DOW-UAP-D19, Mission Report, Syria, February 21, 2023
Agency: Department of War
Incident date: 2/21/23
Incident location: Syria
Page 2
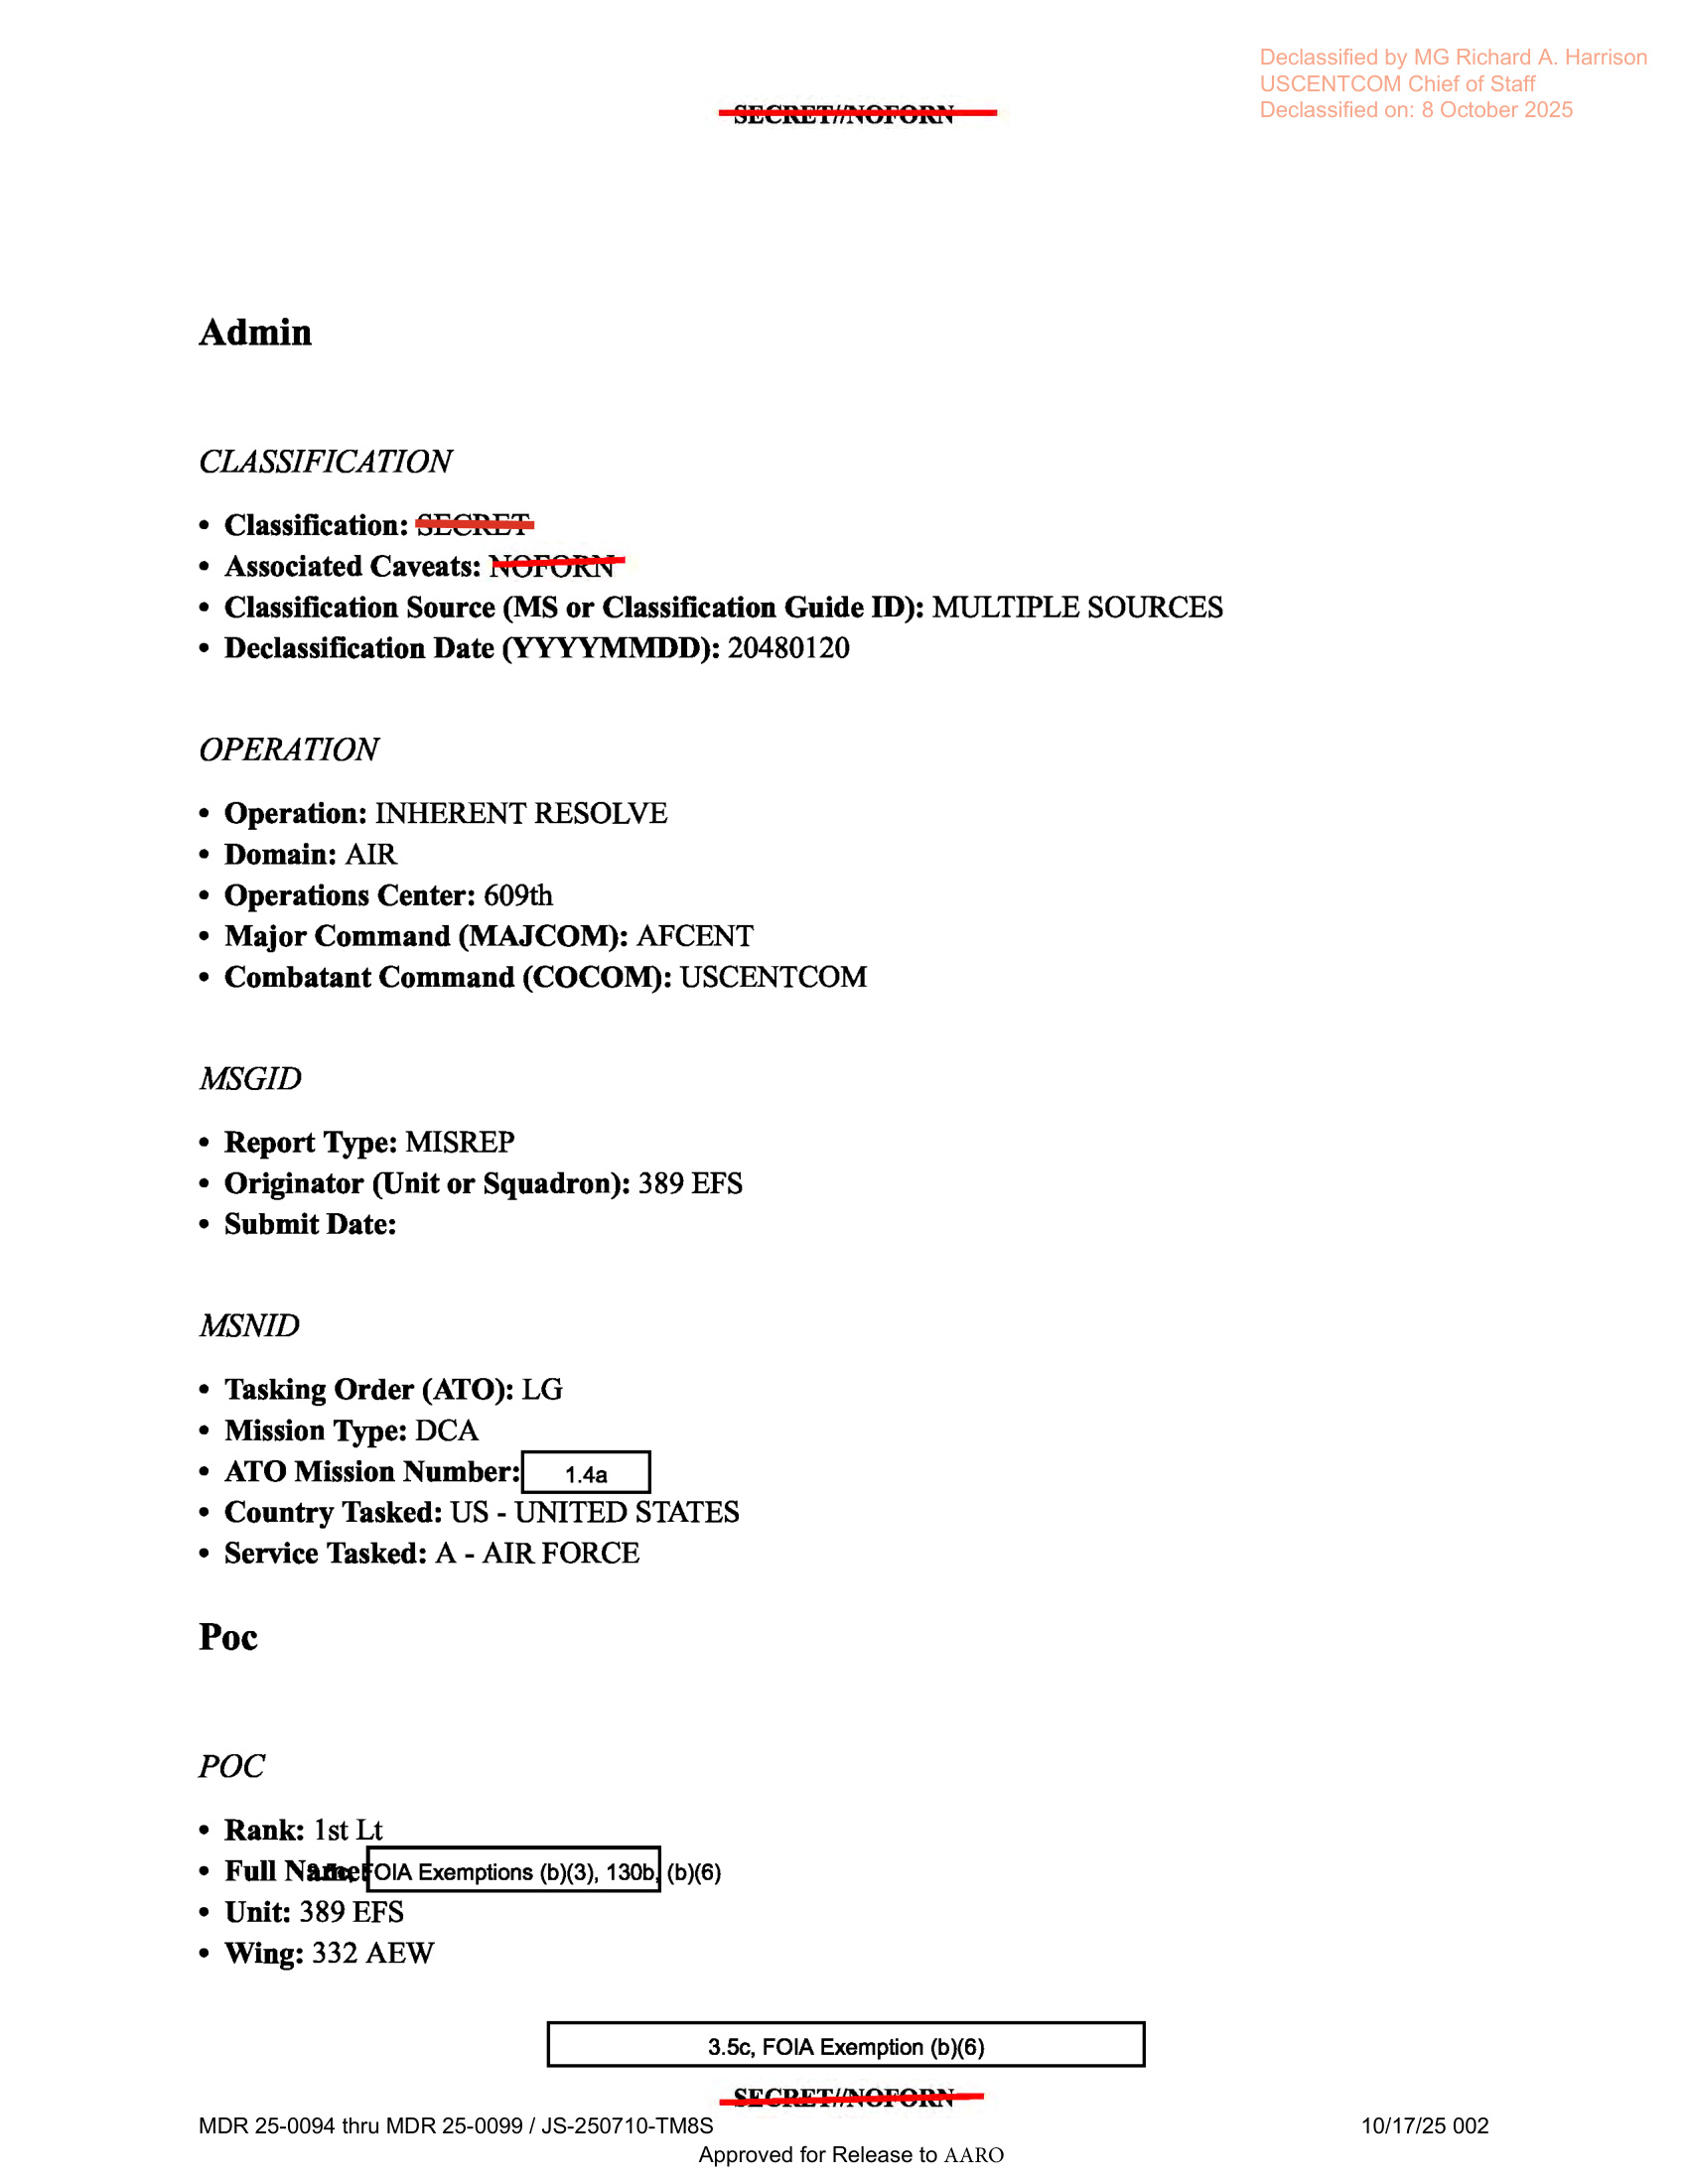